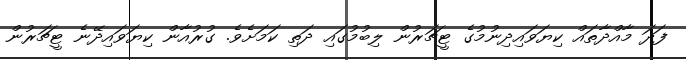
ފަދަ މާއްދާތައް ކިޔަވައިދިނުމުގެ ޓީޗަރުން ލިބުމުގައި ދަތި ކަމަށެވެ. ގުރުއާން ކިޔަވައިދޭނެ ޓީޗަރުން